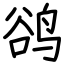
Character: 鹆